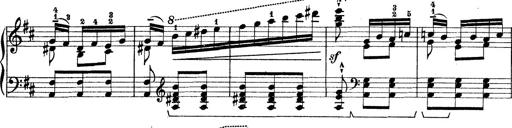
Title: Rapsodie: 19 ungheresi, 1 spagnuola
Composer: Franz Liszt